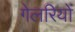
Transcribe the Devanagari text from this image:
गेलरियों